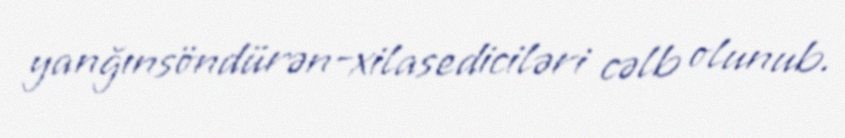
yanğınsöndürən-xilasediciləri cəlb olunub.